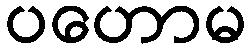
ပဟောမ